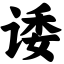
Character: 诿